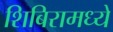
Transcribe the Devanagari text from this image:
शिबिरामध्ये